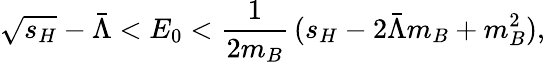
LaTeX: \sqrt{s_{H}}-\bar{\Lambda}<E_{0}<{\frac{1}{2m_{B}}}\, (s_{H}-2\bar{\Lambda}m_{B}+m_{B}^{2}),